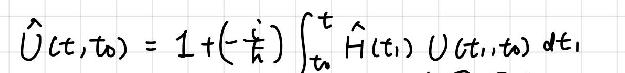
\(\hat{U}(t,t_0)=1+\left(-\frac{i}{\hbar}\right)\int_{t_0}^{t}\hat{H}(t_1)U(t_1,t_0)dt_1\)